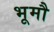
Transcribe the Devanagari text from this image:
भूमौ